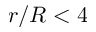
r / R < 4